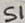
Text: S1